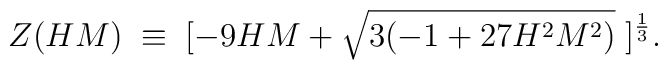
Z(HM)\;\equiv\;[-9HM+\sqrt{3(-1+27H^{2}M^{2})}\;]^{\frac{1}{3}}.